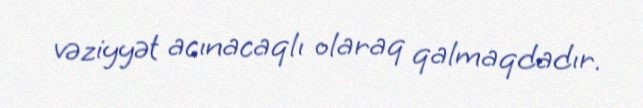
vəziyyət acınacaqlı olaraq qalmaqdadır.